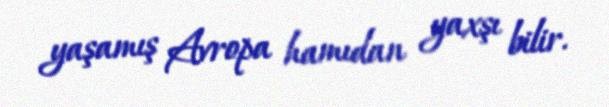
yaşamış Avropa hamıdan yaxşı bilir.